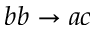
b b \rightarrow a c